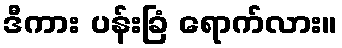
ဒီကား ပန်းခြံ ရောက်လား။